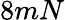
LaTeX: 8mN